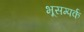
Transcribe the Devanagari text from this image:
भूसम्पर्क